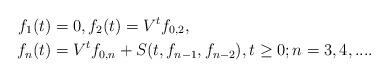
LaTeX: \begin{align*}f_{1}(t) & =0,f_{2}(t)=V^tf_{0,2},\\f_{n}(t) &=V^tf_{0,n}+S(t,f_{n-1},f_{n-2}), t \geq 0; n=3,4,... .\end{align*}